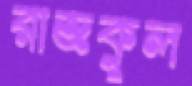
রাজকুল